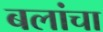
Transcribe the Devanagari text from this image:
बलांचा